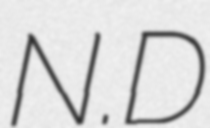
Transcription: N.D